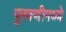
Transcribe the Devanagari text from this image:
पुरवणीमध्ये